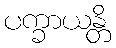
ပက္ခာယန္တိ